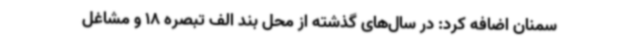
سمنان اضافه کرد: در سال‌های گذشته از محل بند الف تبصره 18 و مشاغل